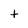
Character: t